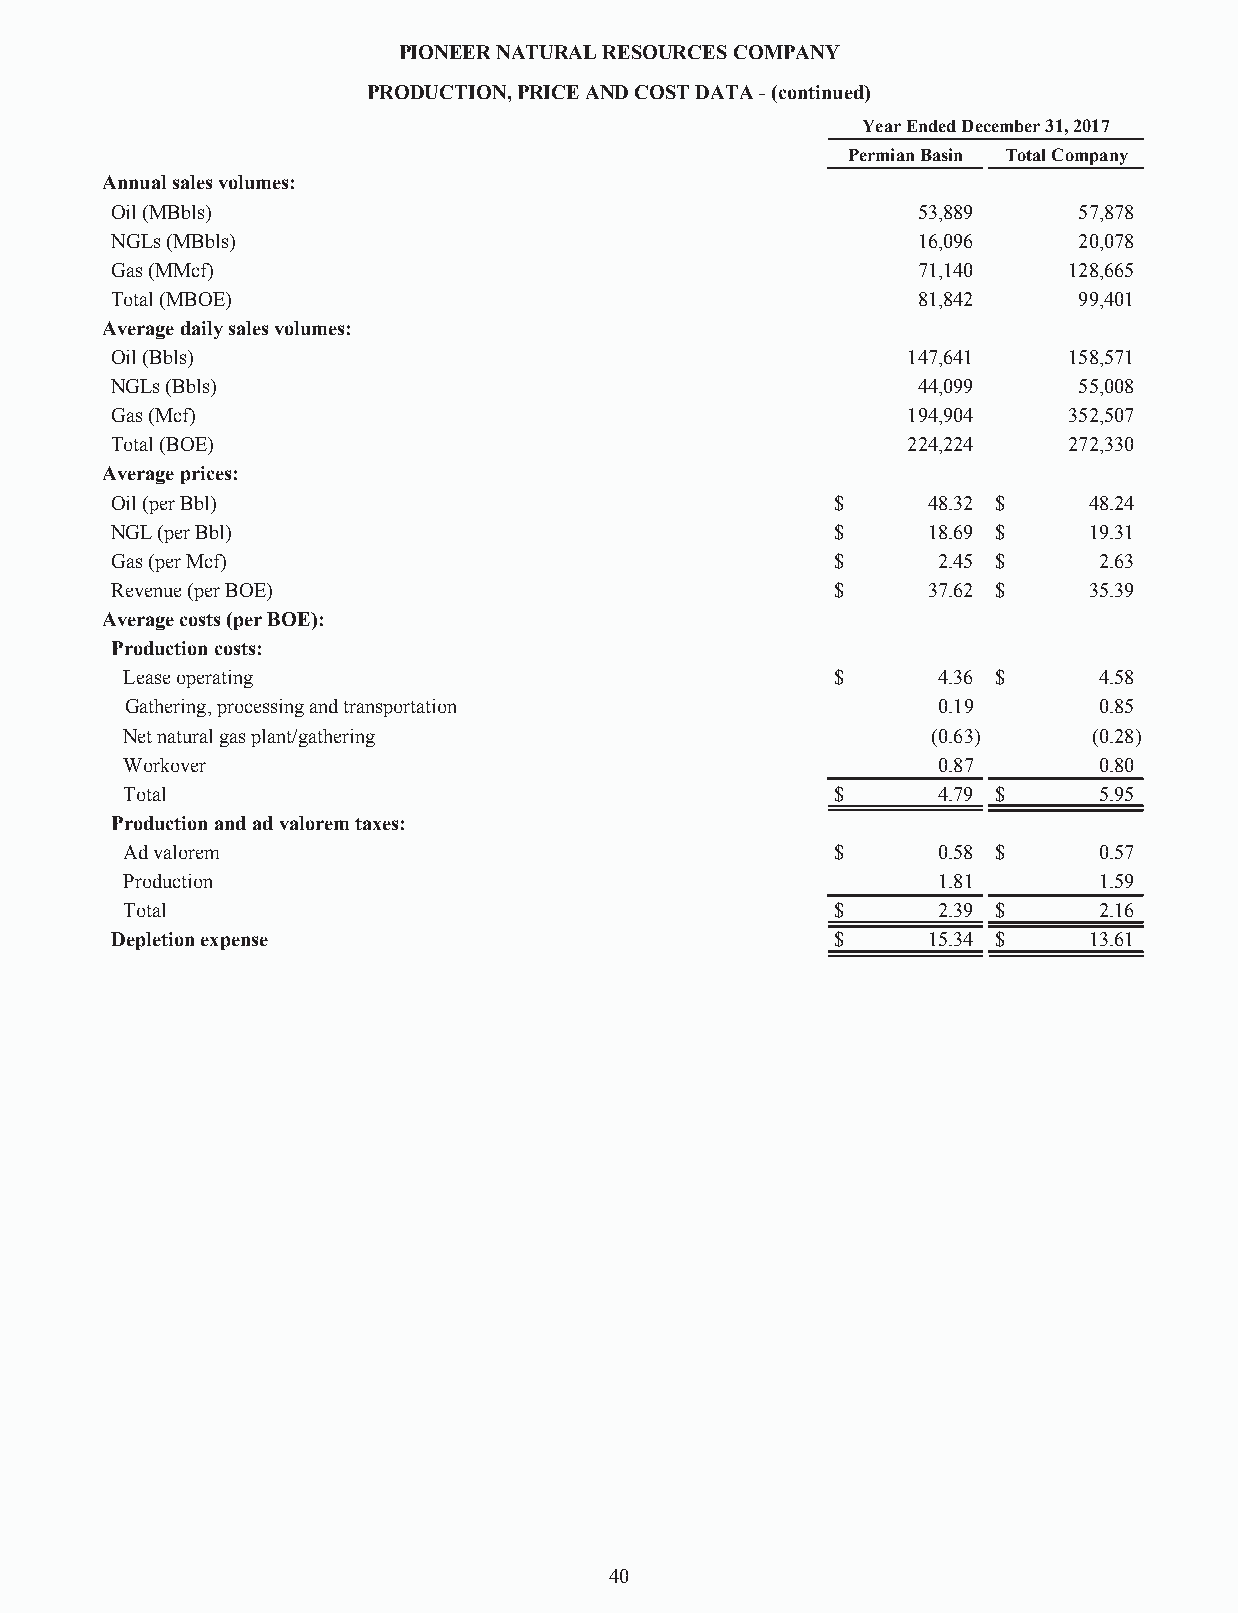
PIONEERNATURALRESOURCESCOMPANY
 PRODUCTION,PRICEANDCOSTDATA-(continued)
 YearEndedDecember31,2017
 PermianBasin TotalCompany
 Annualsalesvolumes:
 Oil(MBbls)                                            53,889    57,878
 NGLs(MBbls)                                           16,096    20,078
 Gas(MMcf)                                             71,140    128,665
 Total(MBOE)                                           81,842    99,401
 Averagedailysalesvolumes:
 Oil(Bbls)                                            147,641    158,571
 NGLs(Bbls)                                            44,099    55,008
 Gas(Mcf)                                             194,904    352,507
 Total(BOE)                                           224,224    272,330
 Averageprices:
 Oil(perBbl)                                     $     48.32 $    48.24
 NGL(perBbl)                                     $     18.69 $    19.31
 Gas(perMcf)                                     $      2.45 $     2.63
 Revenue(perBOE)                                 $     37.62 $    35.39
 Averagecosts(perBOE):
 Productioncosts:
 Leaseoperating                                 $      4.36 $     4.58
 Gathering,processingandtransportation                 0.19       0.85
 Netnaturalgasplant/gathering                          (0.63)    (0.28)
 Workover                                              0.87       0.80
 Total                                          $      4.79 $     5.95
 Productionandadvaloremtaxes:
 Advalorem                                      $      0.58 $     0.57
 Production                                            1.81       1.59
 Total                                          $      2.39 $     2.16
 Depletionexpense                                $     15.34 $    13.61
 40